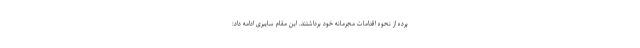
پرده از نحوه اقدامات مجرمانه خود برداشتند. این مقام سایبری ادامه داد: